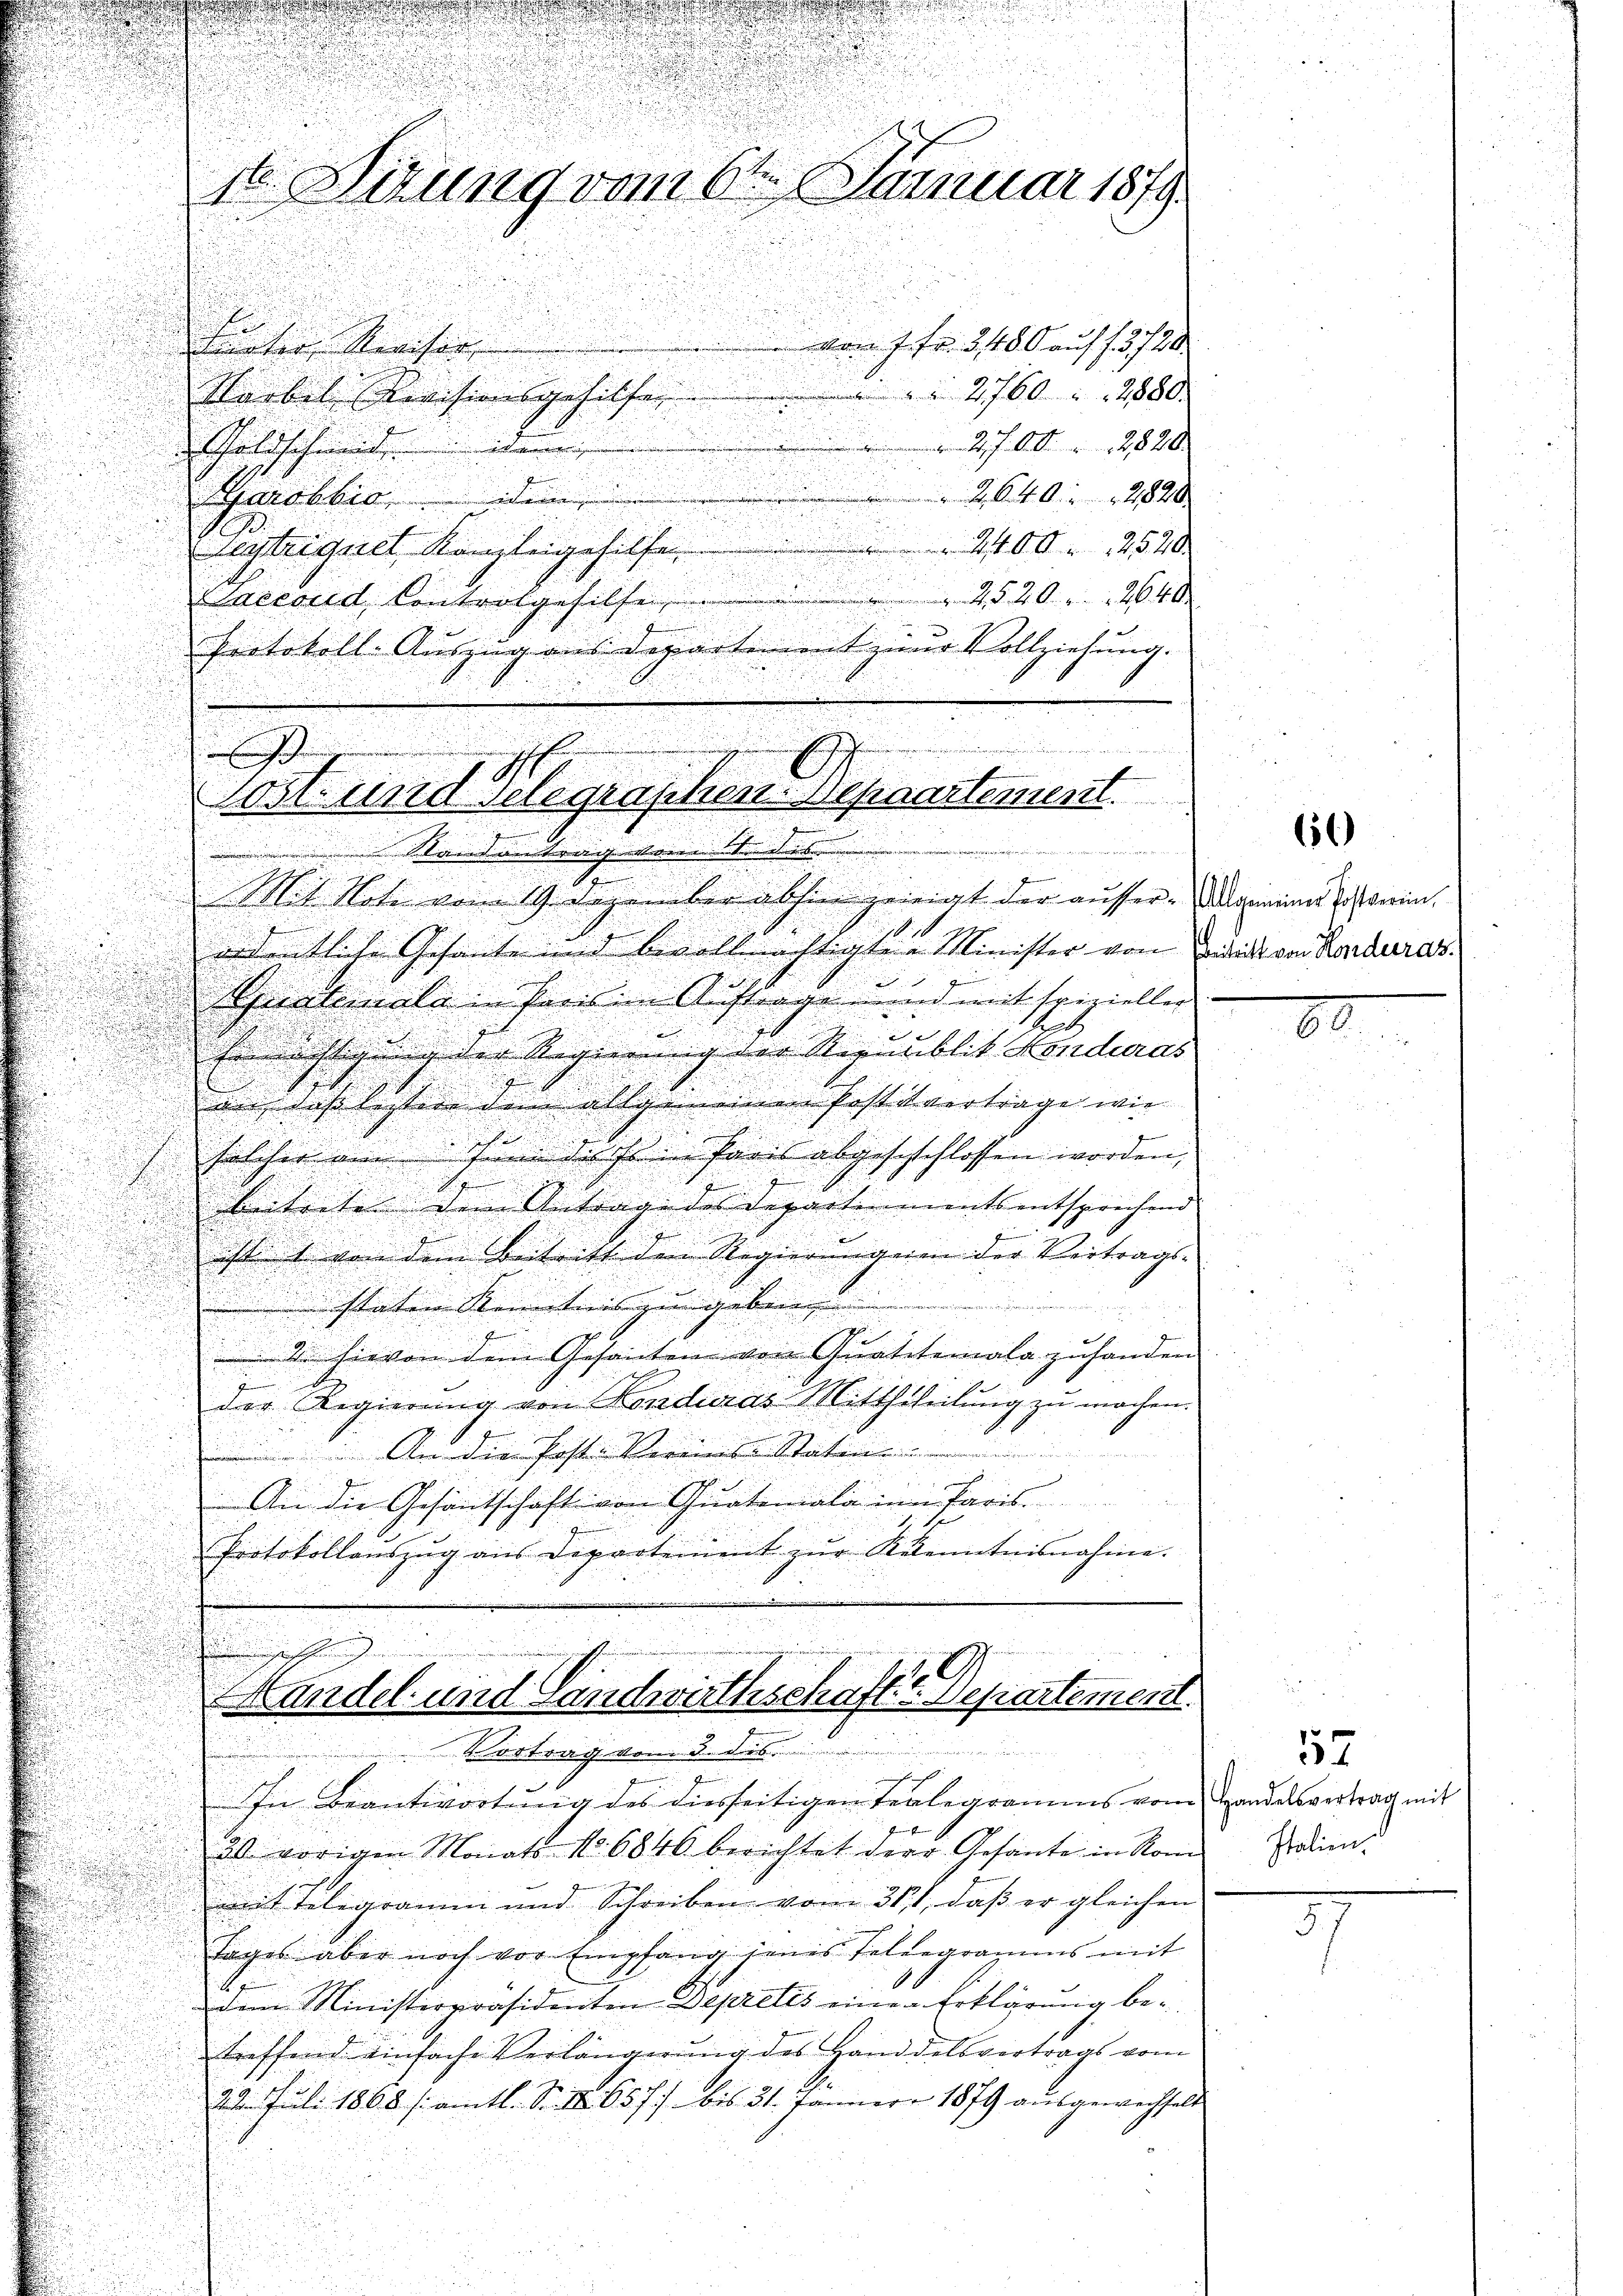
vom 7. Fr. 580 auf 1. 3720
Funter Revisor
 2. 760. 12880.
Saibel Revisionsgehilfer.
 27. 62820
 Goldschmid in
2,640. 2820
Sarobbio, dem
2100. 2570
lustriquel Kanzleigehilfe
Saccord Controlgesiche 2520. 2640
Protokoll-Auszug aus Departement zur Vollziehung.
.
g
Mit Note vom 19 Degenüber abhin geneigt der ausser. Allgemeine Er verin,
ordentliche Gesante und bevollmächtigten Minister von Zürich von Rondarausg
Spiratenale in Paris in Auftrage und mit spizieller

u
zichtigung der Regierung der Riemblik Honduras
n

ans, daß letztere dem allgemeinen Postilvertrage wie
z
.

solcher um sein dass in Paris abgeschlossen worden,

d

beitreten dem Antrage des Departements entsprechen
ihtt von dem Beitritt den Regierungen der Vertrags-
.
 staten Kenntnis ge

d
d
2 hievon dem Gesanten von Quatetemala zuhanden
der Regierung von Honduras Mitththeilung zu machen.
An die Post. Vermeis Statum
An die Gesandtschaft von Quatiniali in Paris
Protokollauszug aus Departement zŭr Kenntnisnahme.
ch
Handel und Landwirthschafte Departement.

Vortrag vom 3. dies
In Beantwortung des diesseitigen Telegramms vom Handelsvertrag mit
30. vorigen Monats No. 6846 berichtet der Gesandte in Rom
mit Telegramm und Schreiben vom 317, daß er gleichen
Tages aber noch vor Empfang jenes Telegramms mit
1
dem Ministerpräsidenten Depretis einen Erklärung betreffend einfache Verlängerung des Handdelsvortrags vom
22. Juli 1868 / amtl. S. Nr. 6577 bis 31. Jänner 1879 aŭsgewechselt

N Hizung vom 6ten Januar 1879.

erhieltenden Bet
n

Post und Gelegraphen-Bepaartement.
.
e
in Stand antrag vonntendes |

60

80

57
Italien.